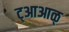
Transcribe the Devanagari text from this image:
ट्आआळ्